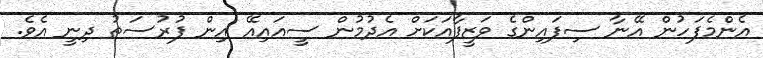
އެންމެފަހުން އޭނާ ސިފައިންގެ ވަޒީފާއަކަށް އެދުމުން ސީއައިއޭ އިން ފުރުސަތު ދިނީ އެވެ.